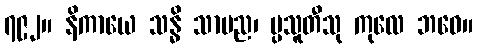
၇၉၂။ နိကာယေ သန္ဓိ သာမည၊ ပ္ပသူတီသု ကုလေ ဘဝေ။